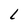
Character: L